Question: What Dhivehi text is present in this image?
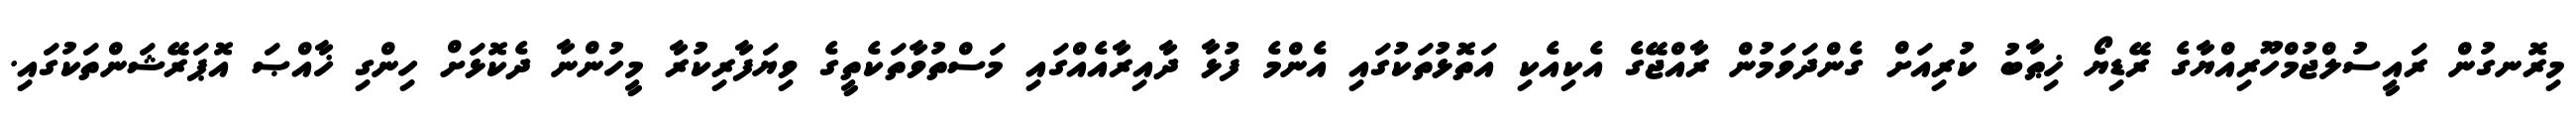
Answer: މިރޮނގުން ރައީސުލްޖުމްހޫރިއްޔާގެ ރޭޑިޔޯ ޚިޠާބު ކުރިއަށް ގެންދަވަމުން ރާއްޖޭގެ އެކިއެކި އަތޮޅުތަކުގައި އެންމެ ފުޅާ ދާއިރާއެއްގައި މަސްތުވާތަކެތީގެ ވިޔަފާރިކުރާ މީހުންނާ ދެކޮޅަށް ހިންގި ޚާއްޞަ އޮޕަރޭޝަންތަކުގައި.